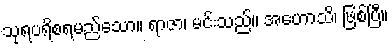
သုရပရိစရမည်သော။ ရာဇာ၊ မင်းသည်။ အဟောသိ၊ ဖြစ်ပြီ။